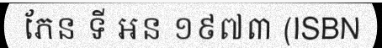
ភែន ទី អន ១៩៧៣ (ISBN